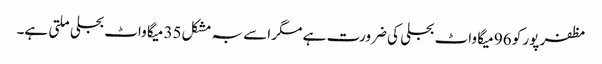
مظفر پور کو 96 میگا واٹ بجلی کی ضرورت ہے مگر اسے بہ مشکل35 میگا واٹ بجلی ملتی ہے۔